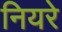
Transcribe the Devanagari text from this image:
नियरे